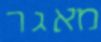
מאגר